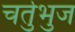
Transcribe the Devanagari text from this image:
चर्तुभुज